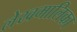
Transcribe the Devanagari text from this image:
लेखमालिका